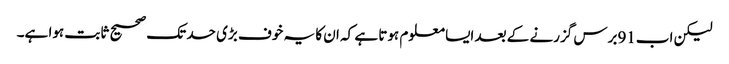
لیکن اب91برس گزرنے کے بعد ایسا معلوم ہوتا ہے کہ ان کا یہ خوف بڑی حد تک صحیح ثابت ہوا ہے۔